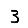
Digit: 3